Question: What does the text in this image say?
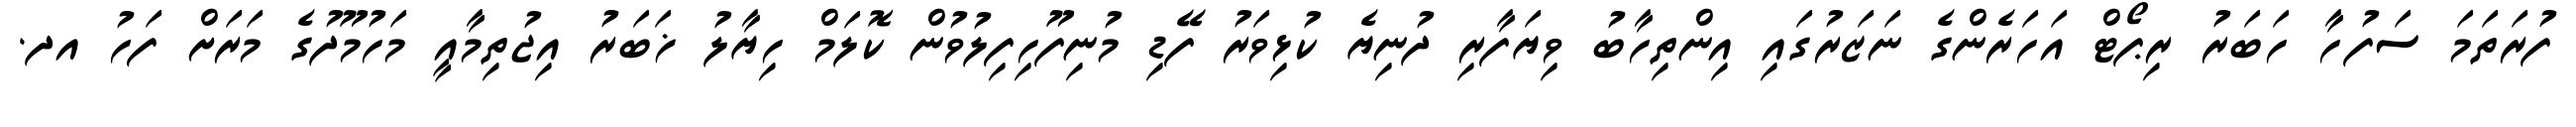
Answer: ފުރަތަމަ ސަފުހާ ހަބަރު ރިޕޯޓް އަހަރެންގެ ނަޒަރުގައި އިންތިހާބު ވިޔަފާރި ދުނިޔެ ކުޅިވަރު ފޭޑި މުނިފޫހިފިލުވުން ކޮލަމް ހިޔާލު ޚަބަރު އިޖުތިމާއީ މަހުމޫދުގެ މަރަށް ފަހު އދ.